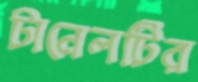
টানেলটির